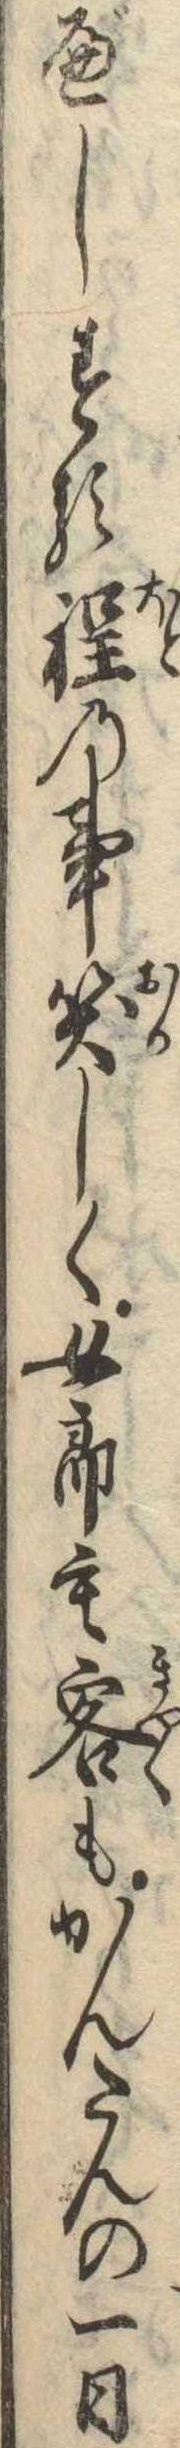
べしする程の事笑しく女郎も客もかんたんの一日